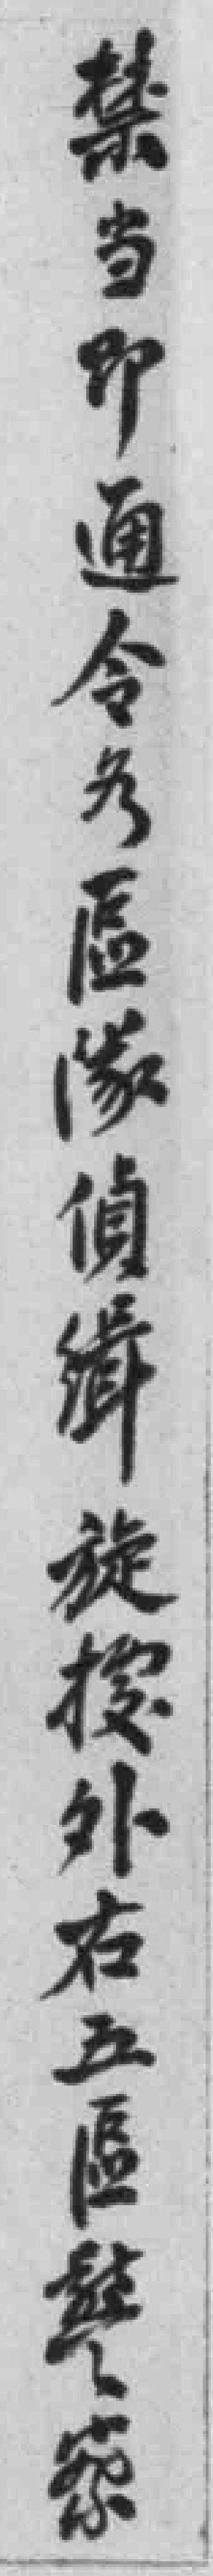
禁当即通令各區隊偵緝旋撥外右五區警察